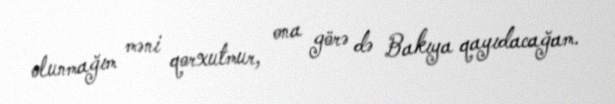
olunmağım məni qorxutmur, ona görə də Bakıya qayıdacağam.